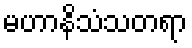
မဟာနိသံသတရာ